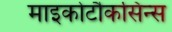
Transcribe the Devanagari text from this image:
माइकोटौकसिन्स